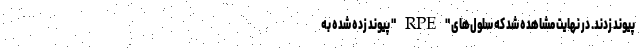
پیوند زدند. در نهایت مشاهده شد که سلول‌های "RPE" پیوند زده شده به